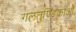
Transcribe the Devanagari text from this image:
गलतुण्डिकाओं